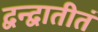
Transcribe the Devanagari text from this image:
द्वन्द्वातीतं